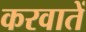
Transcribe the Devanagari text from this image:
करवातें